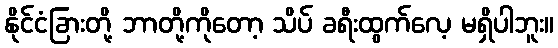
နိုင်ငံခြားတို့ ဘာတို့ကိုတော့ သိပ် ခရီးထွက်လေ့ မရှိပါဘူး။